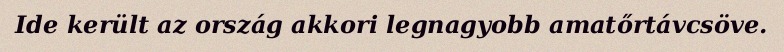
Ide került az ország akkori legnagyobb amatőrtávcsöve.